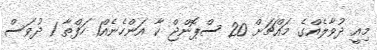
މިއީ ދުވާލެއްގެ މައްޗަށް 20 ސްޕޮންޖް ކާ އަންހެނެއް1 ހަފްތާ 1 ދުވަސް